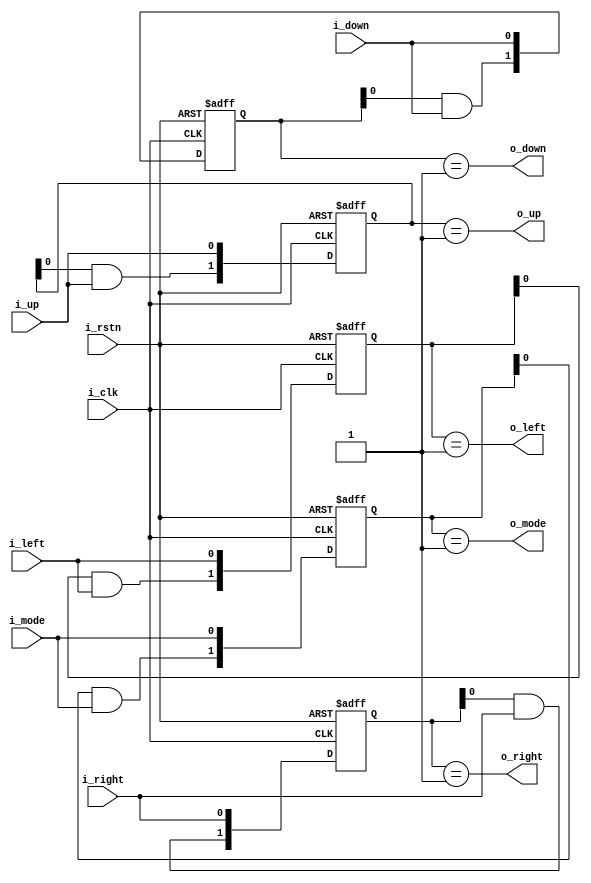
module InputBuffer(/*AUTOARG*/
   // Outputs
   o_up, o_down, o_left, o_right, o_mode,
   // Inputs
   i_clk, i_rstn, i_up, i_down, i_left, i_right, i_mode
   );
   input i_clk;
   input i_rstn;
   
   input i_up;
   input i_down;
   input i_left;
   input i_right;
   input i_mode;

   output o_up;
   output o_down;
   output o_left;
   output o_right;
   output o_mode;

   reg [1:0] r_up_state;
   reg [1:0] r_down_state;
   reg [1:0] r_right_state;
   reg [1:0] r_left_state;
   reg [1:0] r_mode_state;

   always @ (posedge i_clk or negedge i_rstn) begin
      if (!i_rstn) begin
	 r_up_state <= 2'b00;
	 r_down_state <= 2'b00;
	 r_right_state <= 2'b00;
	 r_left_state <= 2'b00;
	 r_mode_state <= 2'b00;
      end
      
      else begin
	 r_up_state <= {r_up_state[0] & i_up, i_up};
	 r_down_state <= {r_down_state[0] & i_down, i_down};
	 r_right_state <= {r_right_state[0] & i_right, i_right};
	 r_left_state <= {r_left_state[0] & i_left, i_left};
	 r_mode_state <= {r_mode_state[0] & i_mode, i_mode};
      end // else: !if(!i_rstn)
      
      
   end // always @ (posedge i_clk or negedge i_rstn)

   assign o_up = r_up_state == 2'b01;
   assign o_down = r_down_state == 2'b01;
   assign o_right = r_right_state == 2'b01;
   assign o_left = r_left_state == 2'b01;
   assign o_mode = r_mode_state == 2'b01;
   
   
   

endmodule // InputBuffer